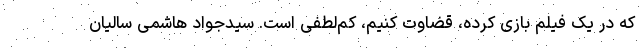
که در یک فیلم بازی کرده، قضاوت کنیم، کم‌لطفی است. سیدجواد هاشمی سالیان